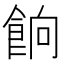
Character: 餉